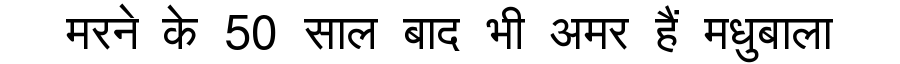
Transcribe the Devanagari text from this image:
मरने के 50 साल बाद भी अमर हैं मधुबाला